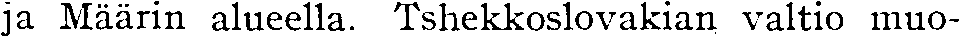
ja Määrin alueella. Tshekkoslovakian valtio muo-